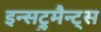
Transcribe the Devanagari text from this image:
इन्सट्रुमैन्ट्स